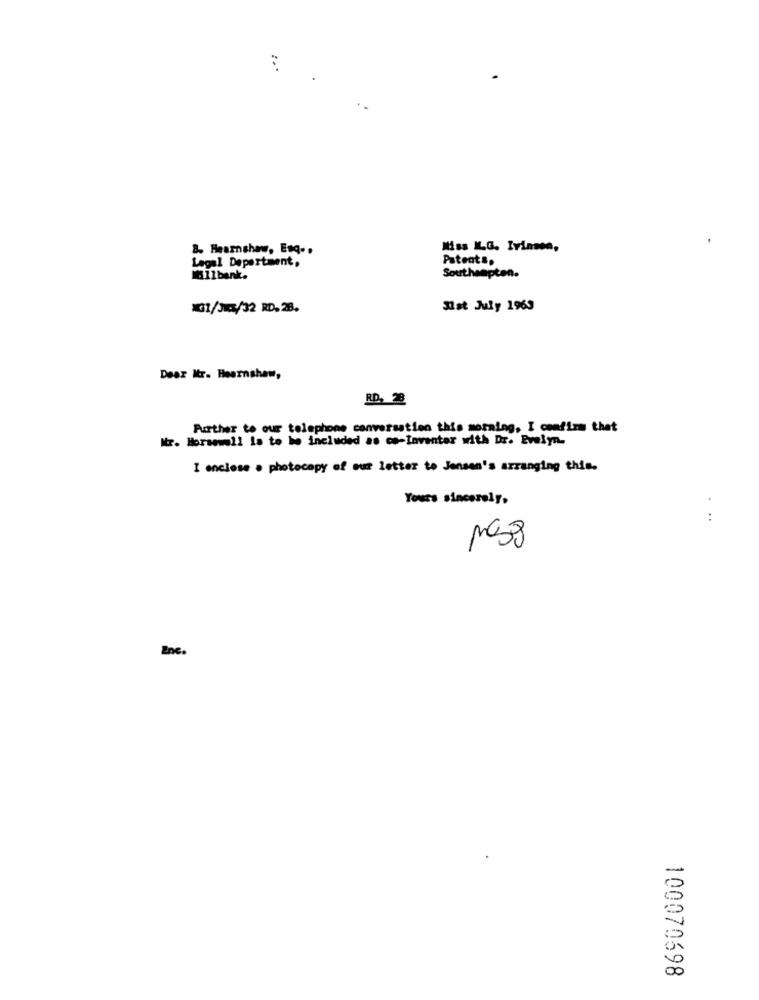
8. Hearnshaw, Esq ..
Miss K.G. Ivinen,
Patent ..
Legal Department,
Southampton.
Müllbank.
101/33/32 RD. 28.
Mist July 1963
Dear Mr. Hearnsham,
RD, 28
Further to our telephone conversation this morning, I confirm that
Mr. Horsewell la to be included as co-Inventar with Dr. Evelyn.
I enclose . photocopy of our letter to Jensen's arranging this.
Yours sincerely,
:
2
Enc.
100070698